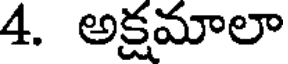
4. అక్షమాలా